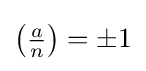
\left({\tfrac {a}{n}}\right)=\pm 1